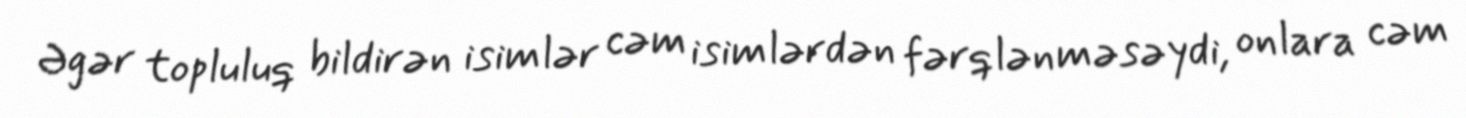
Əgər topluluq bildirən isimlər cəm isimlərdən fərqlənməsəydi, onlara cəm